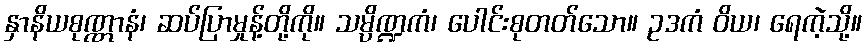
နှာနိယစုဏ္ဏာနံ၊ ဆပ်ပြာမှုန့်တို့ကို။ သမ္ပိဏ္ဍကံ၊ ပေါင်းစုတတ်သော။ ဥဒကံ ဝိယ၊ ရေကဲ့သို့။